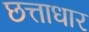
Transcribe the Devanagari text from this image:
छत्ताधार